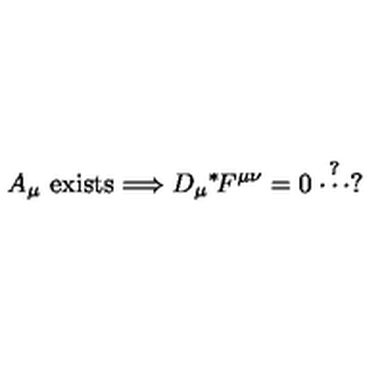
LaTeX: A _ { \mu } \mathrm { \ e x i s t s } \Longrightarrow D _ { \mu } \mathrm { } ^ { * } \! F ^ { \mu \nu } = 0 \stackrel { ? } { \cdots } ?